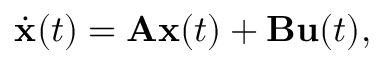
{ \dot { \mathbf { x } } } ( t ) = \mathbf { A } \mathbf { x } ( t ) + \mathbf { B } \mathbf { u } ( t ) ,